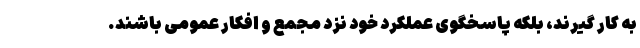
به کار گیرند، بلکه پاسخگوی عملکرد خود نزد مجمع و افکار عمومی باشند.